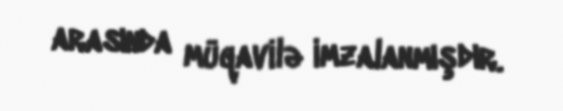
arasında müqavilə imzalanmışdır.